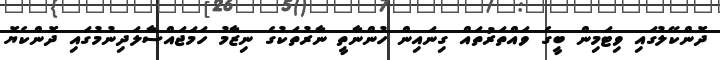
ދޮންކޭލުގައި ވިޓަމިން ބީގެ ވައްތަރުތައް ގިނައިން ހުންނާތީ ނާރުތަކުގެ ނިޒާމު ހަމަޖައްސާލަދިނުމުގައި ދޮންކެޔޮ